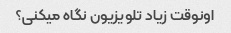
اونوقت زیاد تلویزیون نگاه میکنی؟